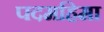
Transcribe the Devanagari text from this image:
पदमहिमा